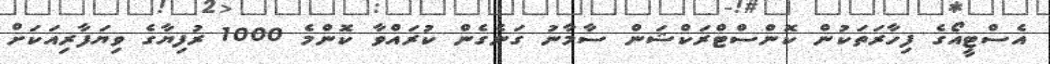
އެސްޓީއޯގެ ފިހާރަތަކުން ކޮންސްޓްރަކްޝަން ސާމާނު ގަނެގެން ކުރައްވާ ކޮންމެ 1000 ރުފިޔާގެ ވިޔަފާރިއަކަށް